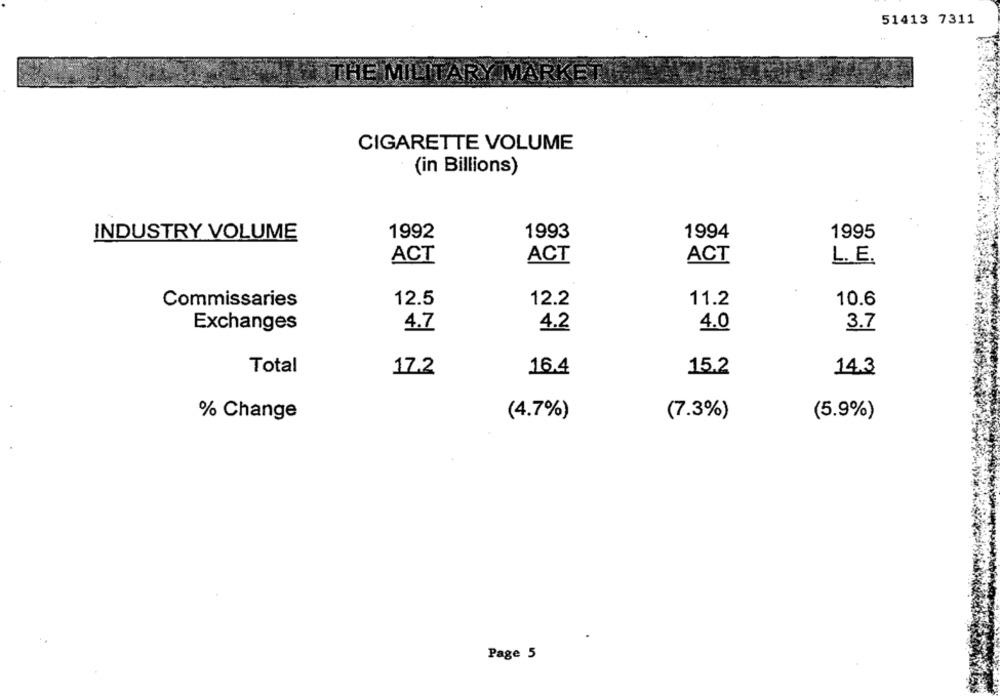
51413 7311
CIGARETTE VOLUME
(in Billions)
INDUSTRY VOLUME
1992
1993
1994
1995
ACT
ACT
ACT
L. E.
Commissaries
12.5
12.2
11.2
10.6
Exchanges
4.7
4.2
4.0
3.7
Total
16.4
15.2
17.2
14.3
% Change
(4.7%)
(7.3%)
(5.9%)
Page 5